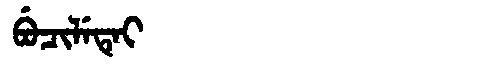
Manchu: ᠪᡠᠴᡳᠯᡝᡨᡝᡳ
Romanization: BUCILETEI